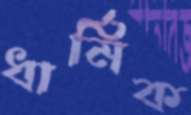
ধার্মিক